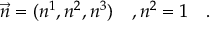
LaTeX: \vec { n } = ( n ^ { 1 } , n ^ { 2 } , n ^ { 3 } ) ~ ~ ~ , n ^ { 2 } = 1 ~ ~ ~ .